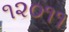
૧૨૦૧૧